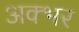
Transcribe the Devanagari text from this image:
अक्भर